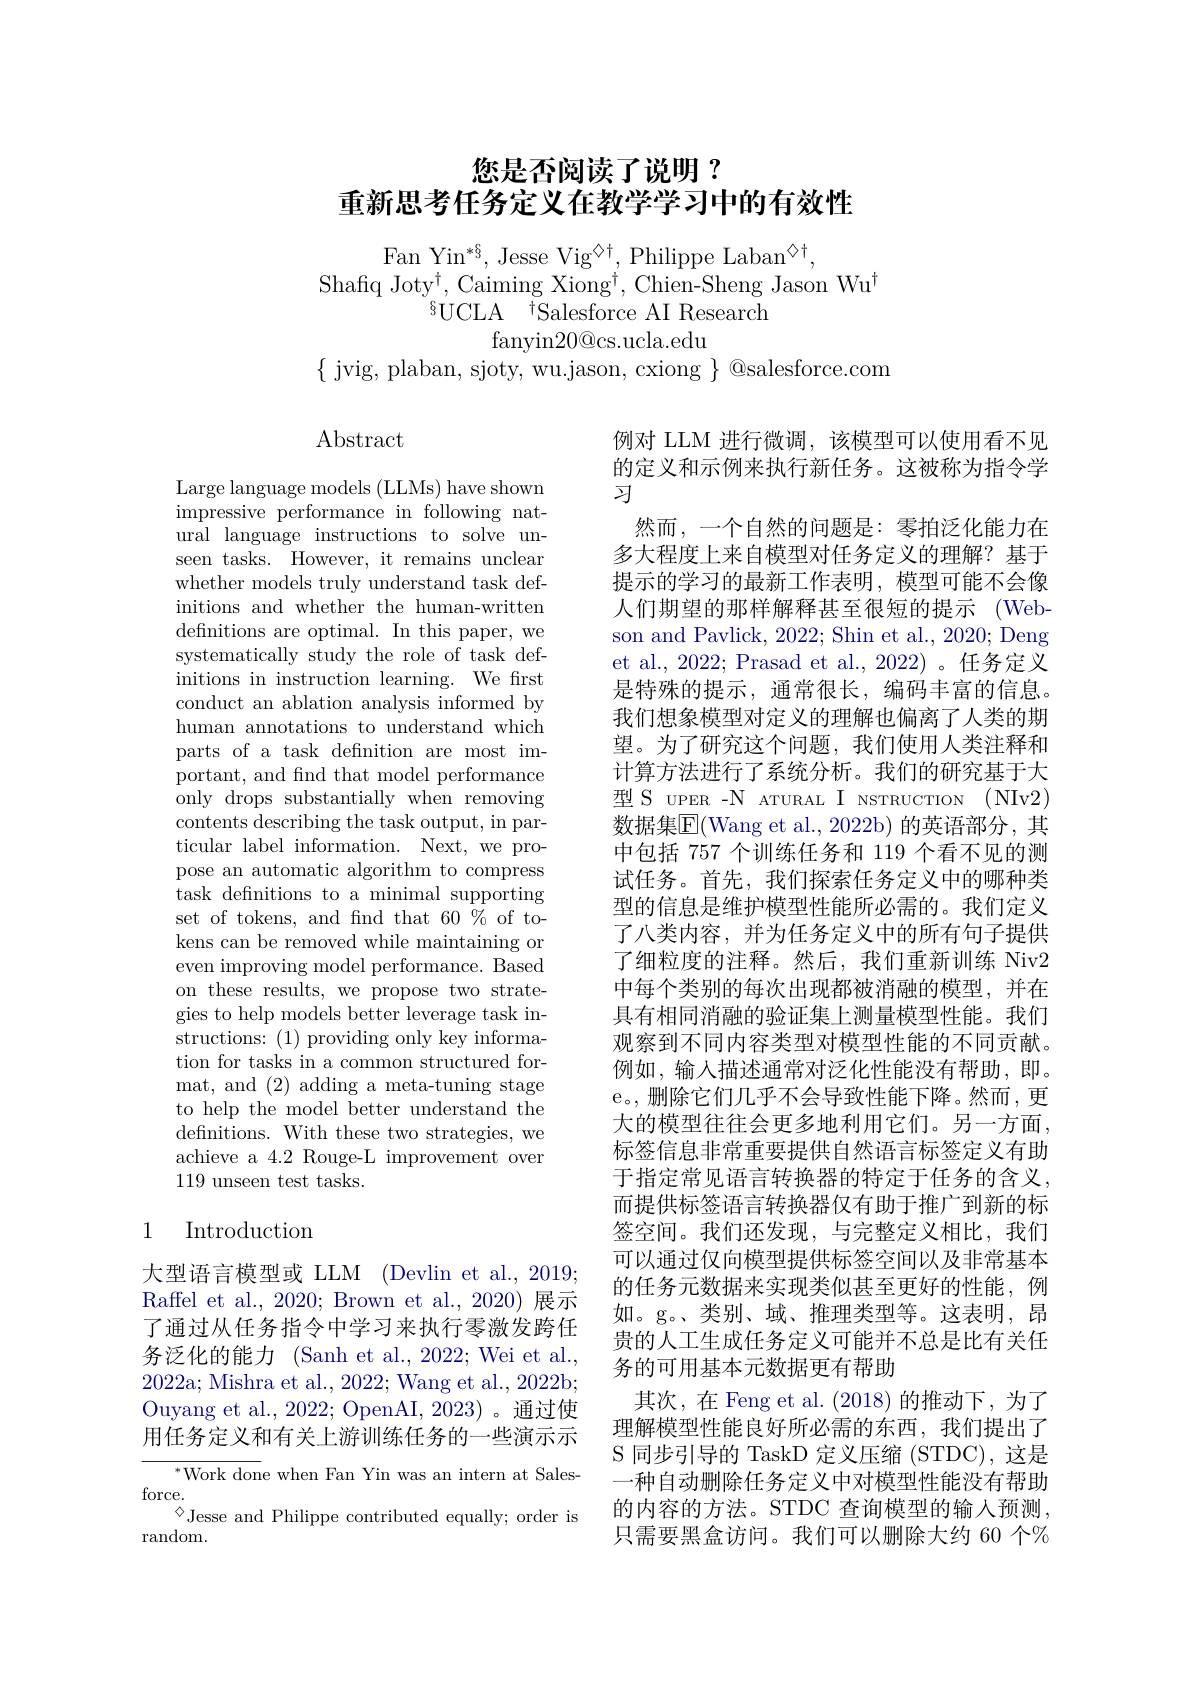
# 您是否阅读了说明？ 重新思考任务定义在教学学习中的有效性

Fan Yi$n^{* § }$, Jesse Vi$g^{\diamond \dagger }$, Philippe Laba$n^{\diamond \dagger }$,
Shafiq Joty$^\dagger$,Caiming Xiong$^\dagger$,Chien-Sheng Jason Wu$^\dagger$
$^{8}$UCLA$^{\bar{\dagger}\text{Salesforce AI Research}}$
${\mathrm{fanyin20@cs.ucla.edu}}$
$\{$ jvig, plaban, sjoty, wu.jason, cxiong $\}$ @salesforce.com

Abstract

Large language models (LLMs) have shown impressive performance in following natural language instructions to solve unseen tasks. However, it remains unclear whether models truly understand task definitions and whether the human-written defnitions are optimal. In this paper, we systematically study the role of task definitions in instruction learning. We frst conduct an ablation analysis informed by human annotations to understand which parts of a task definition are most important, and find that model performance only drops substantially when removing contents describing the task output, in particular label information. Next, we propose an automatic algorithm to compress task defnitions to a minimal supporting set of tokens, and find that 60% of tokens can be removed while maintaining or even improving model performance. Based on these results, we propose two strategies to help models better leverage task instructions: (1) providing only key information for tasks in a common structured format, and (2) adding a meta-tuning stage to help the model better understand the defnitions. With these two strategies, we achieve a 4.2 Rouge-L improvement over 119 unseen test tasks.

# 1 Introduction

大型语言模型或 LLM (Devlin et al., 2019; Raffel et al., 2020; Brown et al., 2020) 展示了通过从任务指令中学习来执行零激发跨任务泛化的能力 (Sanh et al., 2022; Wei et al., 2022a; Mishra et al., 2022; Wang et al., 2022b; Ouyang et al., 2022; OpenAI, 2023)。通过使用任务定义和有关上游训练任务的一些演示示

$^{*}$Work done when Fan Yin was an intern at Sales-
force.
$^{\textcircled{\circ}}$Jesse and Philippe contributed equally; order is
random.

例对 LLM 进行微调，该模型可以使用看不见的定义和示例来执行新任务。这被称为指令学习
然而，一个自然的问题是：零拍泛化能力在多大程度上来自模型对任务定义的理解？基于提示的学习的最新工作表明，模型可能不会像人们期望的那样解释甚至很短的提示 (Webson and Pavlick, 2022; Shin et al., 2020; Deng et al., 2022; Prasad et al., 2022)。任务定义是特殊的提示，通常很长，编码丰富的信息。我们想象模型对定义的理解也偏离了人类的期望。为了研究这个问题，我们使用人类注释和计算方法进行了系统分析。我们的研究基于大型 S UPER -N ATURAL I NSTRUCTION (NIv2) 数据集$\boxed{\mathrm{F}}($Wang et al., 2022b) 的英语部分，其中包括 757 个训练任务和 119 个看不见的测试任务。首先，我们探索任务定义中的哪种类型的信息是维护模型性能所必需的。我们定义了八类内容，并为任务定义中的所有句子提供了细粒度的注释。然后，我们重新训练 Niv2中每个类别的每次出现都被消融的模型，并在具有相同消融的验证集上测量模型性能。我们观察到不同内容类型对模型性能的不同贡献。例如，输入描述通常对泛化性能没有帮助，即。e。,删除它们几乎不会导致性能下降。然而，更大的模型往往会更多地利用它们。另一方面， 标签信息非常重要提供自然语言标签定义有助于指定常见语言转换器的特定于任务的含义， 而提供标签语言转换器仅有助于推广到新的标签空间。我们还发现，与完整定义相比，我们可以通过仅向模型提供标签空间以及非常基本的任务元数据来实现类似甚至更好的性能，例如。g。、类别、域、推理类型等。这表明，昂贵的人工生成任务定义可能并不总是比有关任务的可用基本元数据更有帮助
其次，在 Feng et al. (2018) 的推动下，为了理解模型性能良好所必需的东西，我们提出了S 同 步 引 导 的 TaskD 定义压缩 (STDC),这是一种自动删除任务定义中对模型性能没有帮助的内容的方法。STDC 查询模型的输入预测只需要黑盒访问。我们可以删除大约 60 个%